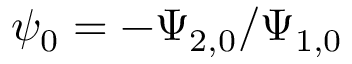
\psi _ { 0 } = - \Psi _ { 2 , 0 } / \Psi _ { 1 , 0 }